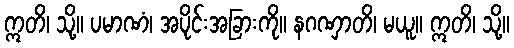
ဣတိ၊ သို့။ ပမာဏံ၊ အပိုင်းအခြားကို။ နဂဏှာတိ၊ မယူ။ ဣတိ၊ သို့။